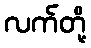
လက်တို့